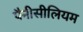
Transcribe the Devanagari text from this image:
पैनीसीलियम